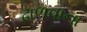
ઢાળવાના